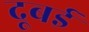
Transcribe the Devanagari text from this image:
दूबई